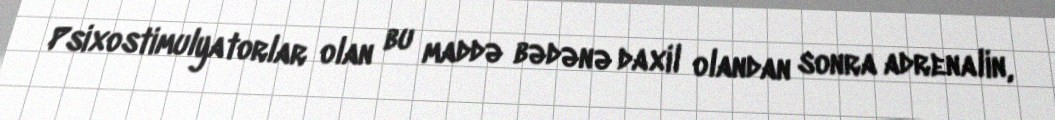
Psixostimulyatorlar olan bu maddə bədənə daxil olandan sonra adrenalin,